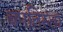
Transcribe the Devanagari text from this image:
बपतिस्ता